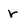
Character: r